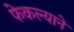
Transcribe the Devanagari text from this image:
फेकल्याने